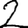
Digit: 2